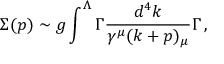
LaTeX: \Sigma ( p ) \sim g \int ^ { \Lambda } \Gamma \frac { d ^ { 4 } k } { \gamma ^ { \mu } ( k + p ) _ { \mu } } \Gamma \, ,